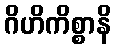
ဂိဟိကိစ္စာနိ